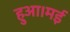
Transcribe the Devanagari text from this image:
हुआ।मई